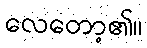
လေတော့၏။